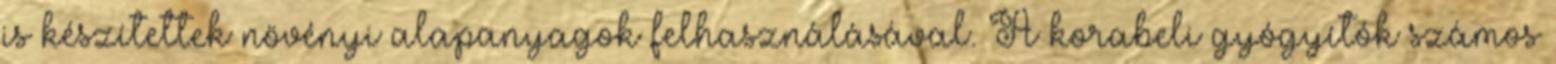
is készítettek növényi alapanyagok felhasználásával. A korabeli gyógyítók számos